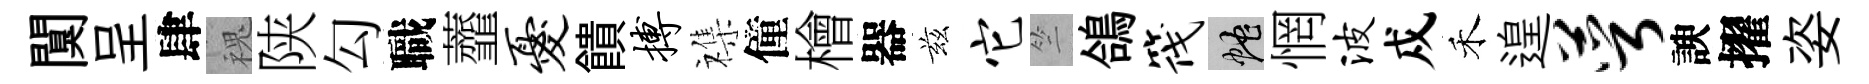
闃呈肆槐陕勾職虀忧饋搏襍僮檜器兹它竺鴿筏蛇惘波戍禾遑萼諛擢姿